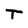
Character: T